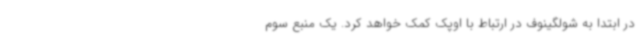
در ابتدا به شولگینوف در ارتباط با اوپک کمک خواهد کرد. یک منبع سوم